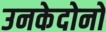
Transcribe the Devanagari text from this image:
उनकेदोनों